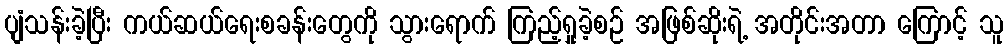
ပျံသန်းခဲ့ပြီး ကယ်ဆယ်ရေးစခန်းတွေကို သွားရောက် ကြည့်ရှုခဲ့စဉ် အဖြစ်ဆိုးရဲ့ အတိုင်းအတာ ကြောင့် သူ